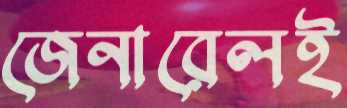
জেনারেলই